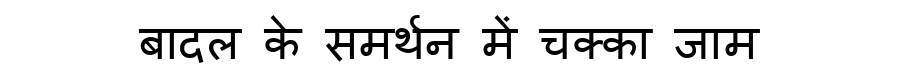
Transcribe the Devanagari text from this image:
बादल के समर्थन में चक्का जाम